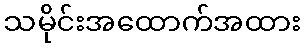
သမိုင်းအထောက်အထား